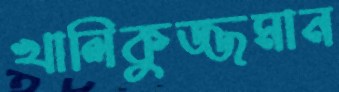
খালিকুজ্জমান